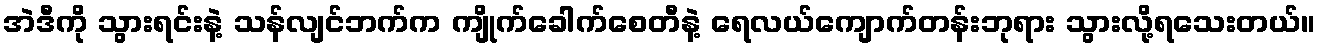
အဲဒီကို သွားရင်းနဲ့ သန်လျင်ဘက်က ကျိုက်ခေါက်စေတီနဲ့ ရေလယ်ကျောက်တန်းဘုရား သွားလို့ရသေးတယ်။